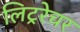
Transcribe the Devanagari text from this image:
लिट्ररेचर